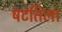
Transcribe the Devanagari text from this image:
षटतिला